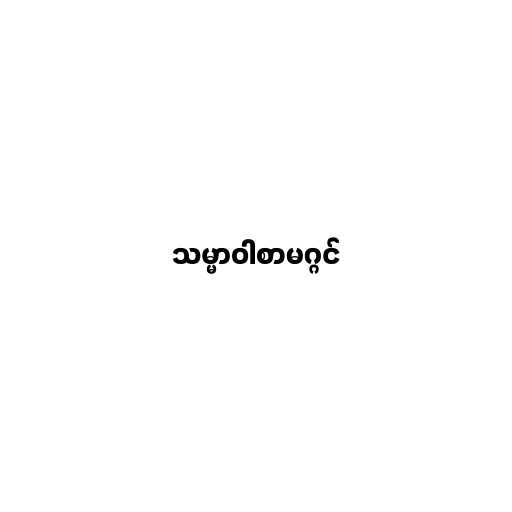
သမ္မာဝါစာမဂ္ဂင်